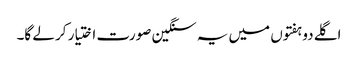
اگلے دو ہفتوں میں یہ سنگین صورت اختیار کر لے گا۔